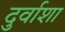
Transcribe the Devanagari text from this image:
दुर्वाशा